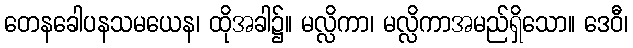
တေနခေါပနသမယေန၊ ထိုအခါ၌။ မလ္လိကာ၊ မလ္လိကာအမည်ရှိသော။ ဒေဝီ၊